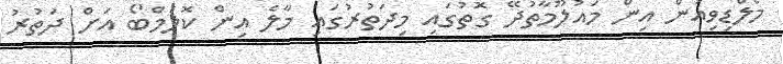
މޯލްޑިވިއަން އިން މައުލޫމާތުދޭ ގޮތުގައި މިދަތުރުގައި މާލެ އިން ކޮލަމްބޯ އަށް ދަތުރު